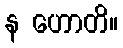
န ဟောတိ။